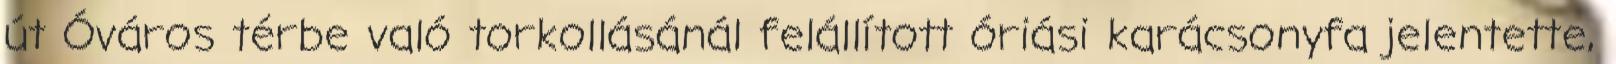
út Óváros térbe való torkollásánál felállított óriási karácsonyfa jelentette,